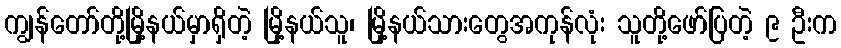
ကျွန်တော်တို့မြို့နယ်မှာရှိတဲ့ မြို့နယ်သူ၊ မြို့နယ်သားတွေအကုန်လုံး သူတို့ဖော်ပြတဲ့ ၉ ဦးက